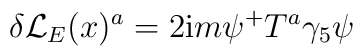
\delta {\cal L}_E(x)^a=2{\rm i}m\psi ^{+}T^a\gamma _5\psi